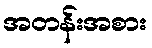
အတန်းအစား